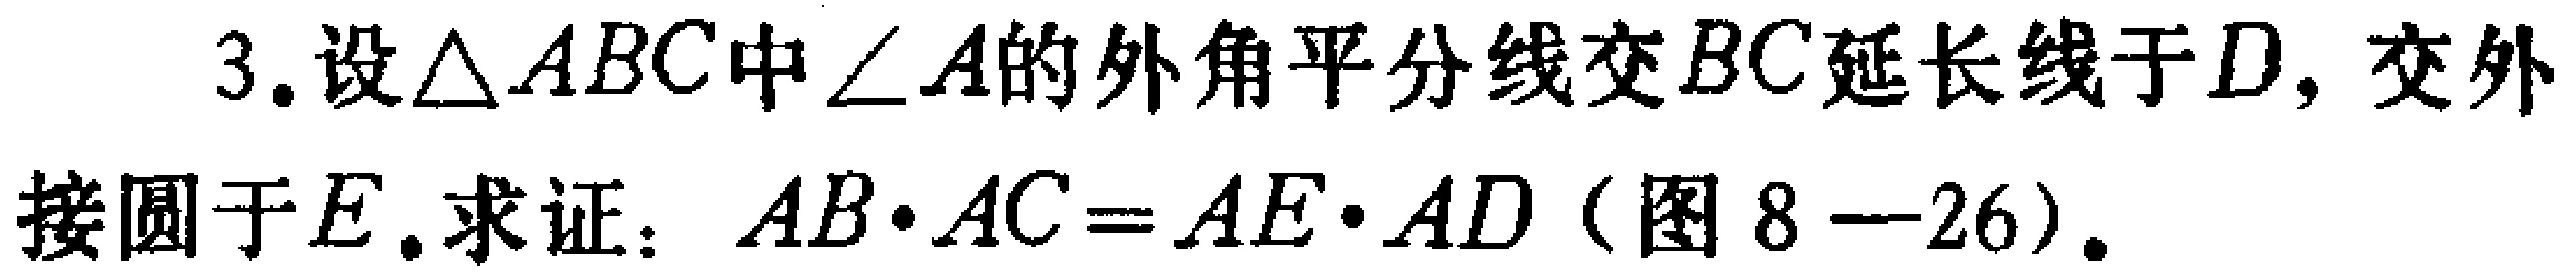
3. 设$\triangle ABC$中$\angle A$的外角平分线交$BC$延长线于$D$，交外接圆于$E$. 求证：$AB\cdot AC = AE\cdot AD$（图8—26）.